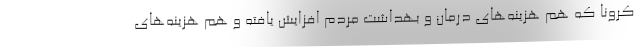
کرونا که هم هزینه‌های درمان و بهداشت مردم افزایش یافته و هم هزینه‌های